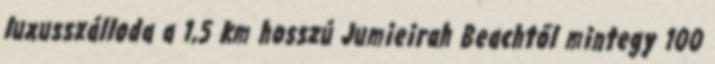
luxusszálloda a 1,5 km hosszú Jumieirah Beachtől mintegy 100